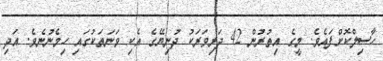
ހާސިލްކޮށްފައެވެ. މީގެ އިތުރުން 42 ދަރިވަރަކު ދުނިޔޭގެ އެކި ވަނަތަކުގައި ހިމެނުނެވެ. އަދި